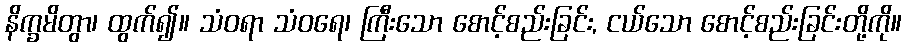
နိက္ခမိတွာ၊ ထွက်၍။ သံဝရာ သံဝရေ၊ ကြီးသော စောင့်စည်းခြင်း, ငယ်သော စောင့်စည်းခြင်းတို့ကို။